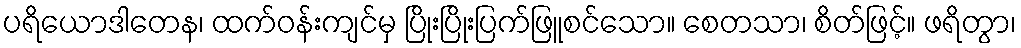
ပရိယောဒါတေန၊ ထက်ဝန်းကျင်မှ ပြိုးပြိုးပြက်ဖြူစင်သော။ စေတသာ၊ စိတ်ဖြင့်။ ဖရိတွာ၊